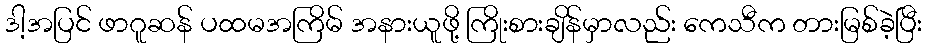
ဒါ့အပြင် ဖာဂူဆန် ပထမအကြိမ် အနားယူဖို့ ကြိုးစားချိန်မှာလည်း ကေသီက တားမြစ်ခဲ့ပြီး